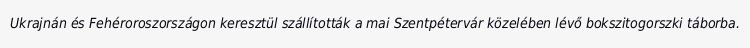
Ukrajnán és Fehéroroszországon keresztül szállították a mai Szentpétervár közelében lévő bokszitogorszki táborba.